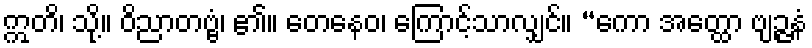
ဣတိ၊ သို့။ ဝိညာတဗ္ဗံ၊ ၏။ တေနေဝ၊ ကြောင့်သာလျှင်။ “ကော အတ္ထော ဗျဉ္ဇနံ